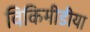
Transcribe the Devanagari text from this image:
विकिमीडीया